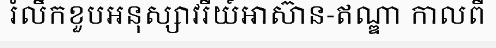
រំលឹកខួបអនុស្សាវរីយ៍អាស៊ាន-ឥណ្ឌា កាលពី